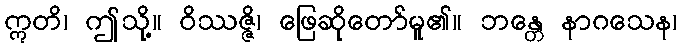
ဣတိ၊ ဤသို့။ ဝိဿဇ္ဇိ၊ ဖြေဆိုတော်မူ၏။ ဘန္တေ နာဂသေန၊